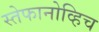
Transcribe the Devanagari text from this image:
स्तेफानोव्हिच